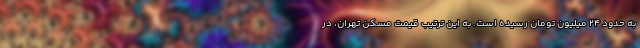
به حدود 24 میلیون تومان رسیده است. به این ترتیب قیمت مسکن تهران، در